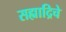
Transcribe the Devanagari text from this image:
सह्याद्रिचे